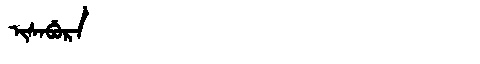
Manchu: ᡳᠰᠠᠪᡠᡵᠠ
Romanization: ISABURA